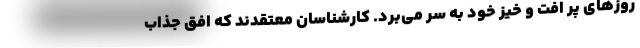
روزهای پر افت و خیز خود به سر می‌برد. کارشناسان معتقدند که افق‌ جذاب